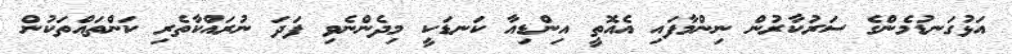
އަޅުގަނޑުމެންގެ ސަރުކާރުން ނިންމާފައި އެއޮތީ އިންޑިއާ ކަނޑަކީ މިދެންނެވި ފަދަ ނުރައްކާތެރި ކަންތައްތަކުން